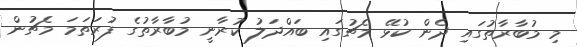
މި މުބާރާތުގައި ދެން ކުޅޭ މެޗުގައި ބައްދަލު ކުރާނީ މުބާރާތުގެ ފުރަތަމަ މެޗުން